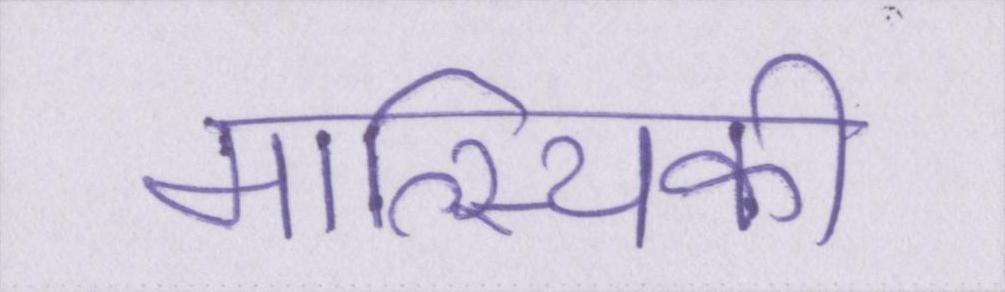
मात्स्यिकी